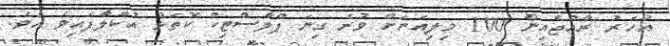
އަހަރު ރާއްޖެއިން 100 މިލިއަނަށް ވުރެ ގިނަ ޕްލާސްޓިކް ކޮތަޅު އުކާލާފައިވެ އެވެ.